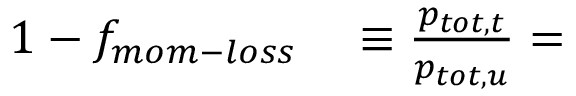
\begin{array} { r l } { 1 - f _ { m o m - l o s s } } & { { } \equiv \frac { p _ { t o t , t } } { p _ { t o t , u } } = } \end{array}